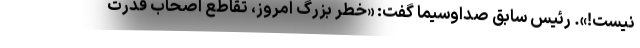
نیست!». رئیس سابق صداوسیما گفت: «خطر بزرگ امروز، تقاطع اصحاب قدرت